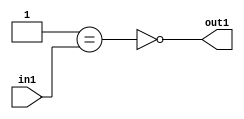
`timescale 1ps / 1ps
/*****************************************************************************
    Verilog RTL Description
    
    
    Created by: Stratus DpOpt 2019.1.01 
*******************************************************************************/

module st_weight_addr_gen_Nei1u16_4_0 (
	in1,
	out1
	); /* architecture "behavioural" */ 
input [15:0] in1;
output  out1;
wire  asc001,
	asc002;

assign asc002 = (21'B000000000000000000001==in1);

assign asc001 = 
	((~asc002));

assign out1 = asc001;
endmodule

/* CADENCE  ubP0SgE= : u9/ySgnWtBlWxVPRXgAZ4Og= ** DO NOT EDIT THIS LINE ******/